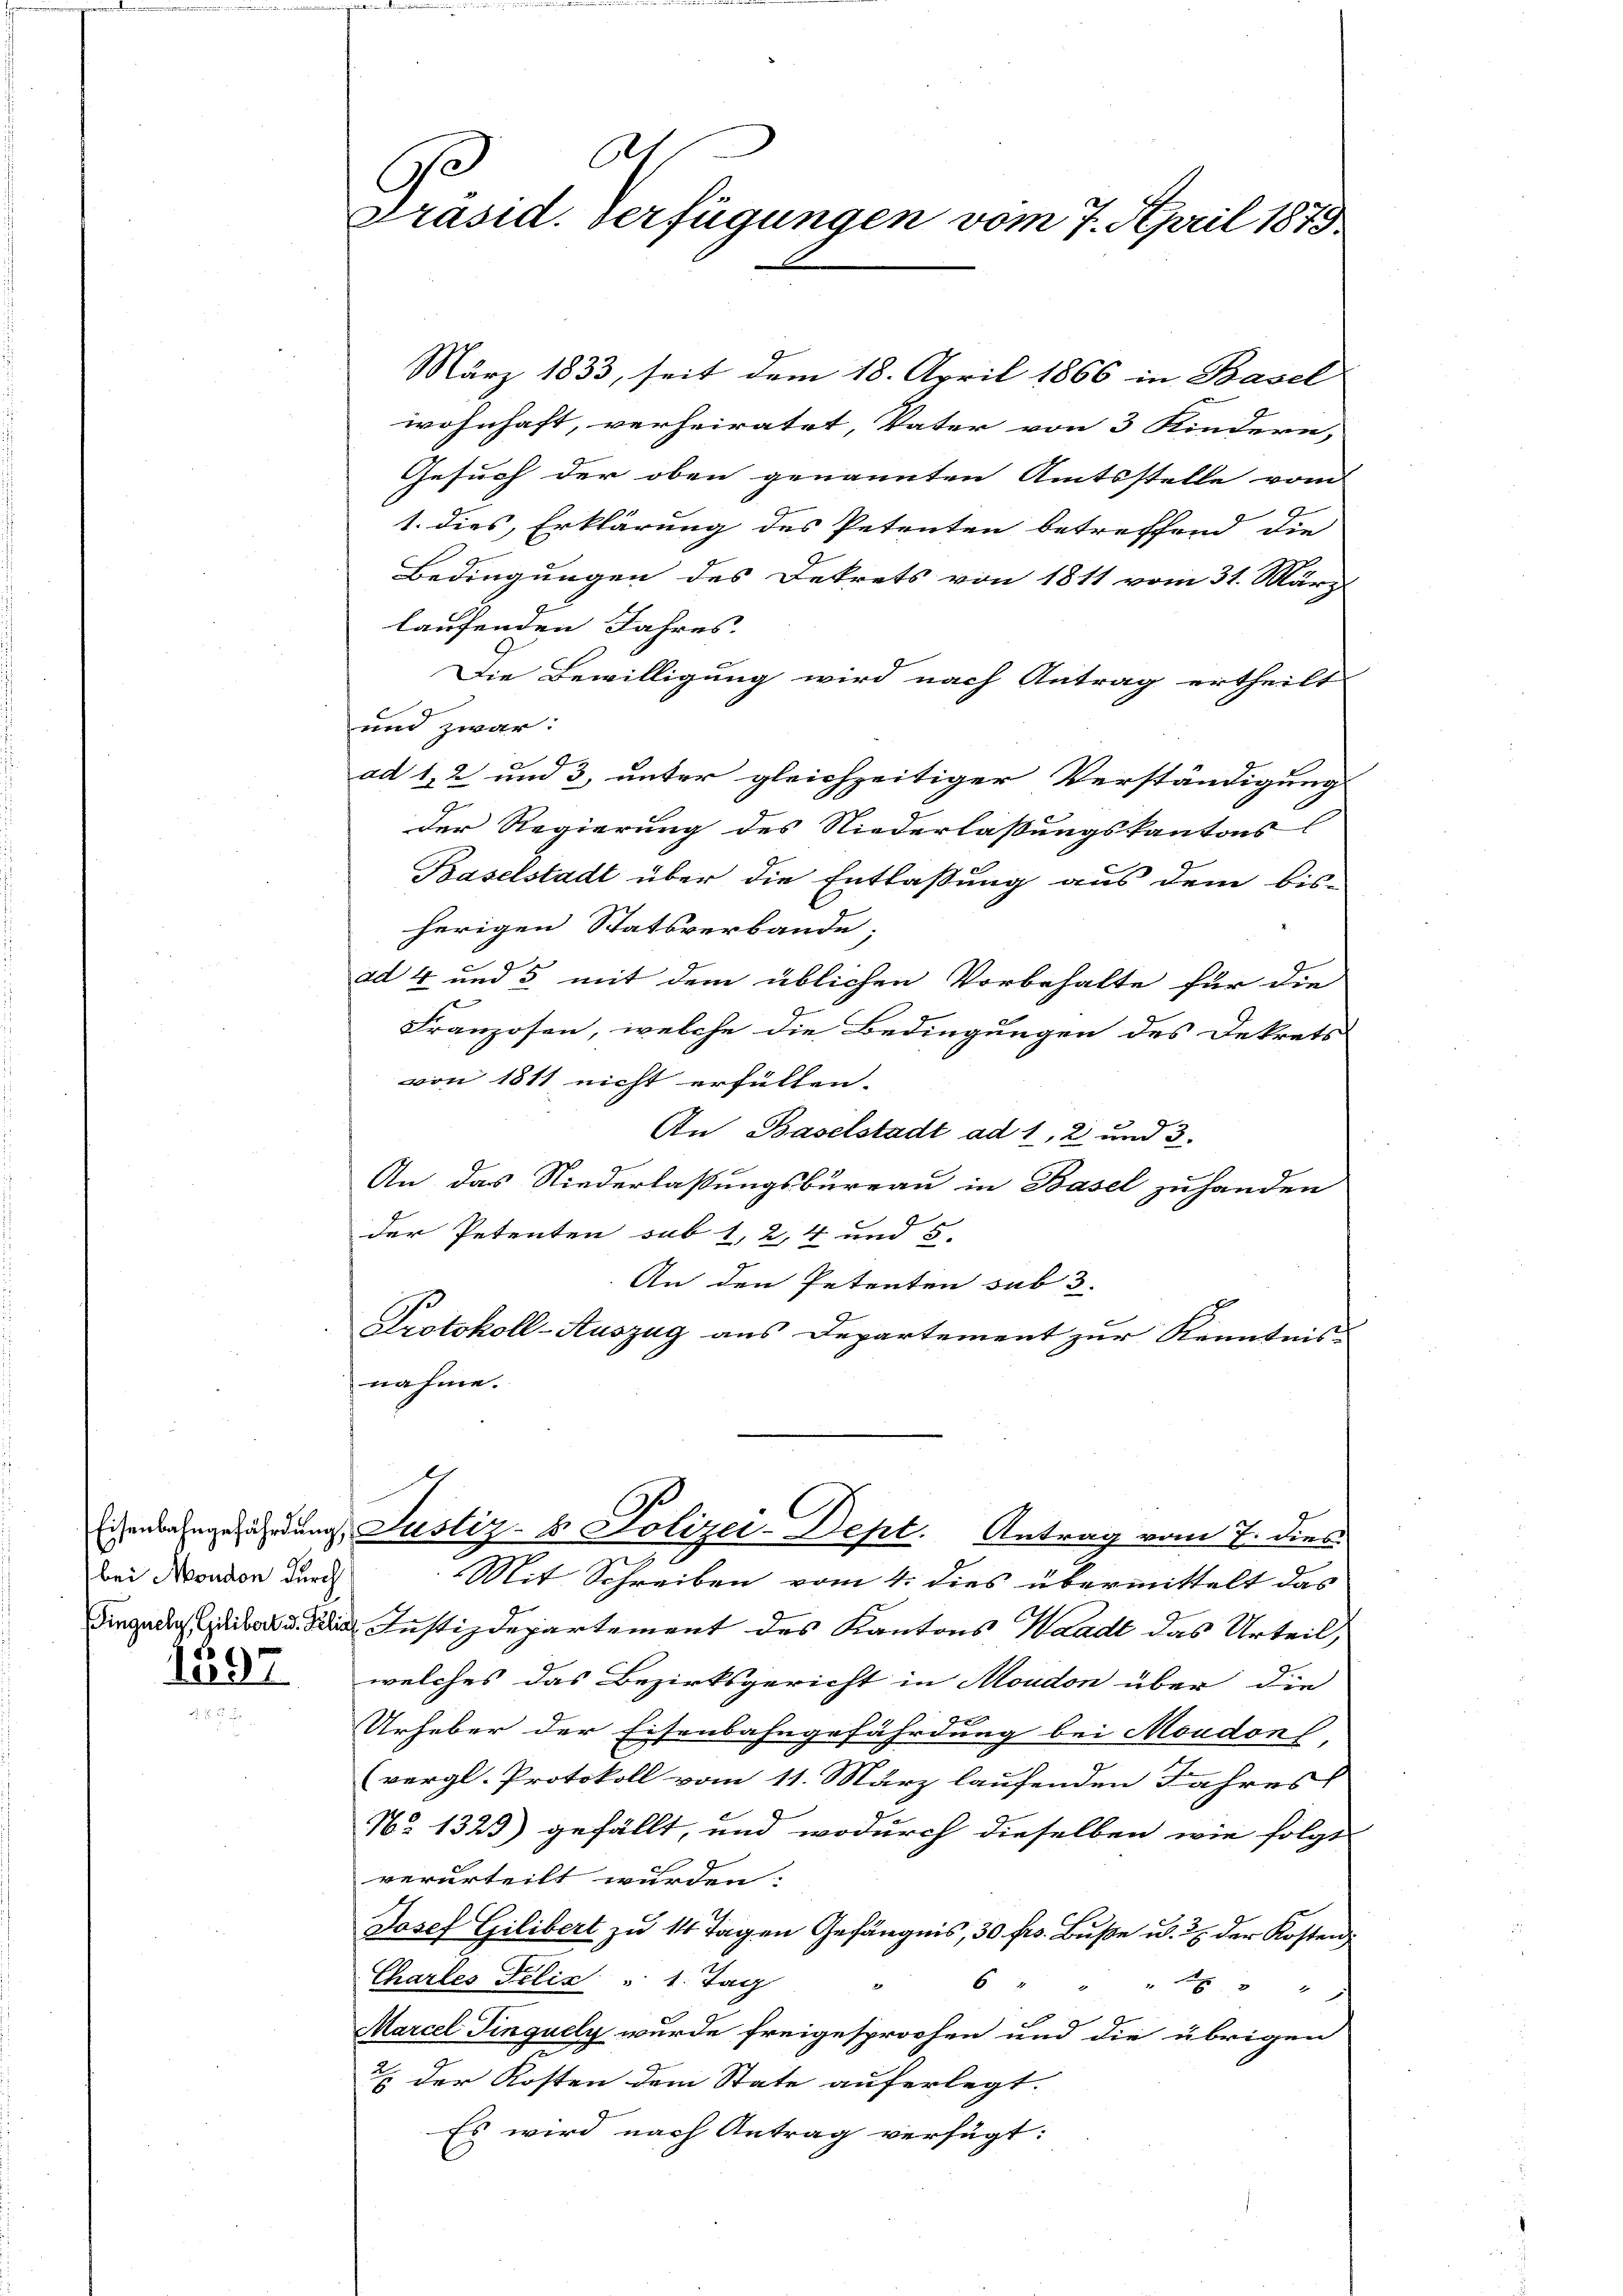
bei Moudon durch

1597

As
Präsid. verfügungen vom 7. April 1873

März 1833, seit dem 18. April 1866 in Basel
wohnhaft, verheiratet, Vater von 3 Kindere,
Gesuch der oben genannten Amtsstelle vom
1. dies Erklärung des Petenten betreffend die
Bedingungen des Dekrets von 1811 vom 31. März
laufenden Jahres.
Die Bewilligung wird nach Antrag ertheilt
und zwar:
4
ad 1, 2 und 3, unter gleichzeitiger Verständigung
der Regierung des Niederlaßungskantons
Baselstadt über die Entlaßung aus dem bis-
herigen Statsverbande;
ad 4 und 5 mit dem üblichen Vorbehalte für die
e
Franzosen, welche die Bedingungen des Dekrets
von 1811 nicht erfüllen.
An Baselstadt ad 1, 2 und 3.
An das Niederlassungsbureau in Basel zu handen
der Petenten sub 1, 2, 4 und 5.
An den Petenten sub 3
Protokoll-Auszug aus Departement zur Kenntnis-
nahme.
C
Eigensangefährdung Justiz- & Polizei-Dept. Antrag vom 7. dies
Mit Schreiben vom 4. dies übermittelt das
Dirgen Justizdepartement des Kantons Waadt das Urteil,
welches das Bezirksgericht in Moudon über die
Urheber der Eisenbahngefährdung bei Moudon f
(vergl. Protokoll vom 11. März laufenden Jahres
9
No 1323) gefällt, und wodurch dieselben wie folgt
verurteilt wurden.
Josef Gilibert zu 14 Tagen Gefängnis, 30 frs. Buße u. 2 der Kosten¬
Chartes Felix " 1. Tag
6
x 3
Marcel Pinguely wurde freigesprochen und die übrigen
 der Kosten dem State auferlegt.
Es wird nach Antrag verfügt: